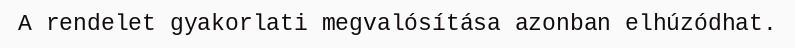
A rendelet gyakorlati megvalósítása azonban elhúzódhat.